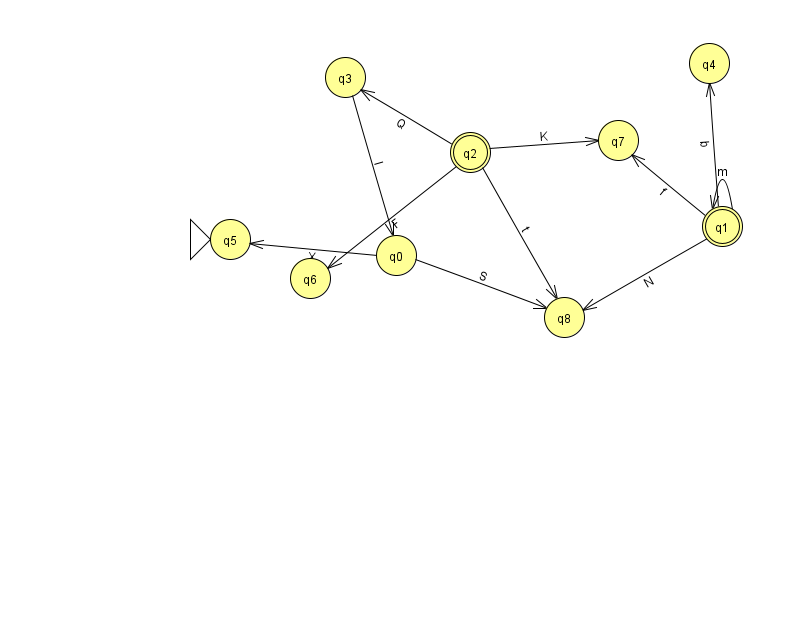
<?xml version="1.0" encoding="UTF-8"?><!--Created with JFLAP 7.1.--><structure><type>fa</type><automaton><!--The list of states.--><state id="0" name="q0"><x>396.0</x><y>242.0</y></state><state id="1" name="q1"><x>722.0</x><y>213.0</y><final/></state><state id="2" name="q2"><x>470.0</x><y>139.0</y><final/></state><state id="3" name="q3"><x>345.0</x><y>64.0</y></state><state id="4" name="q4"><x>709.0</x><y>50.0</y></state><state id="5" name="q5"><x>230.0</x><y>226.0</y><initial/></state><state id="6" name="q6"><x>310.0</x><y>265.0</y></state><state id="7" name="q7"><x>618.0</x><y>127.0</y></state><state id="8" name="q8"><x>564.0</x><y>304.0</y></state><!--The list of transitions.--><transition><from>1</from><to>7</to><read>f</read></transition><transition><from>2</from><to>7</to><read>K</read></transition><transition><from>1</from><to>4</to><read>b</read></transition><transition><from>1</from><to>8</to><read>N</read></transition><transition><from>2</from><to>6</to><read>F</read></transition><transition><from>2</from><to>8</to><read>t</read></transition><transition><from>0</from><to>8</to><read>S</read></transition><transition><from>0</from><to>5</to><read>X</read></transition><transition><from>1</from><to>1</to><read>m</read></transition><transition><from>2</from><to>3</to><read>Q</read></transition><transition><from>3</from><to>0</to><read>l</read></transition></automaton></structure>